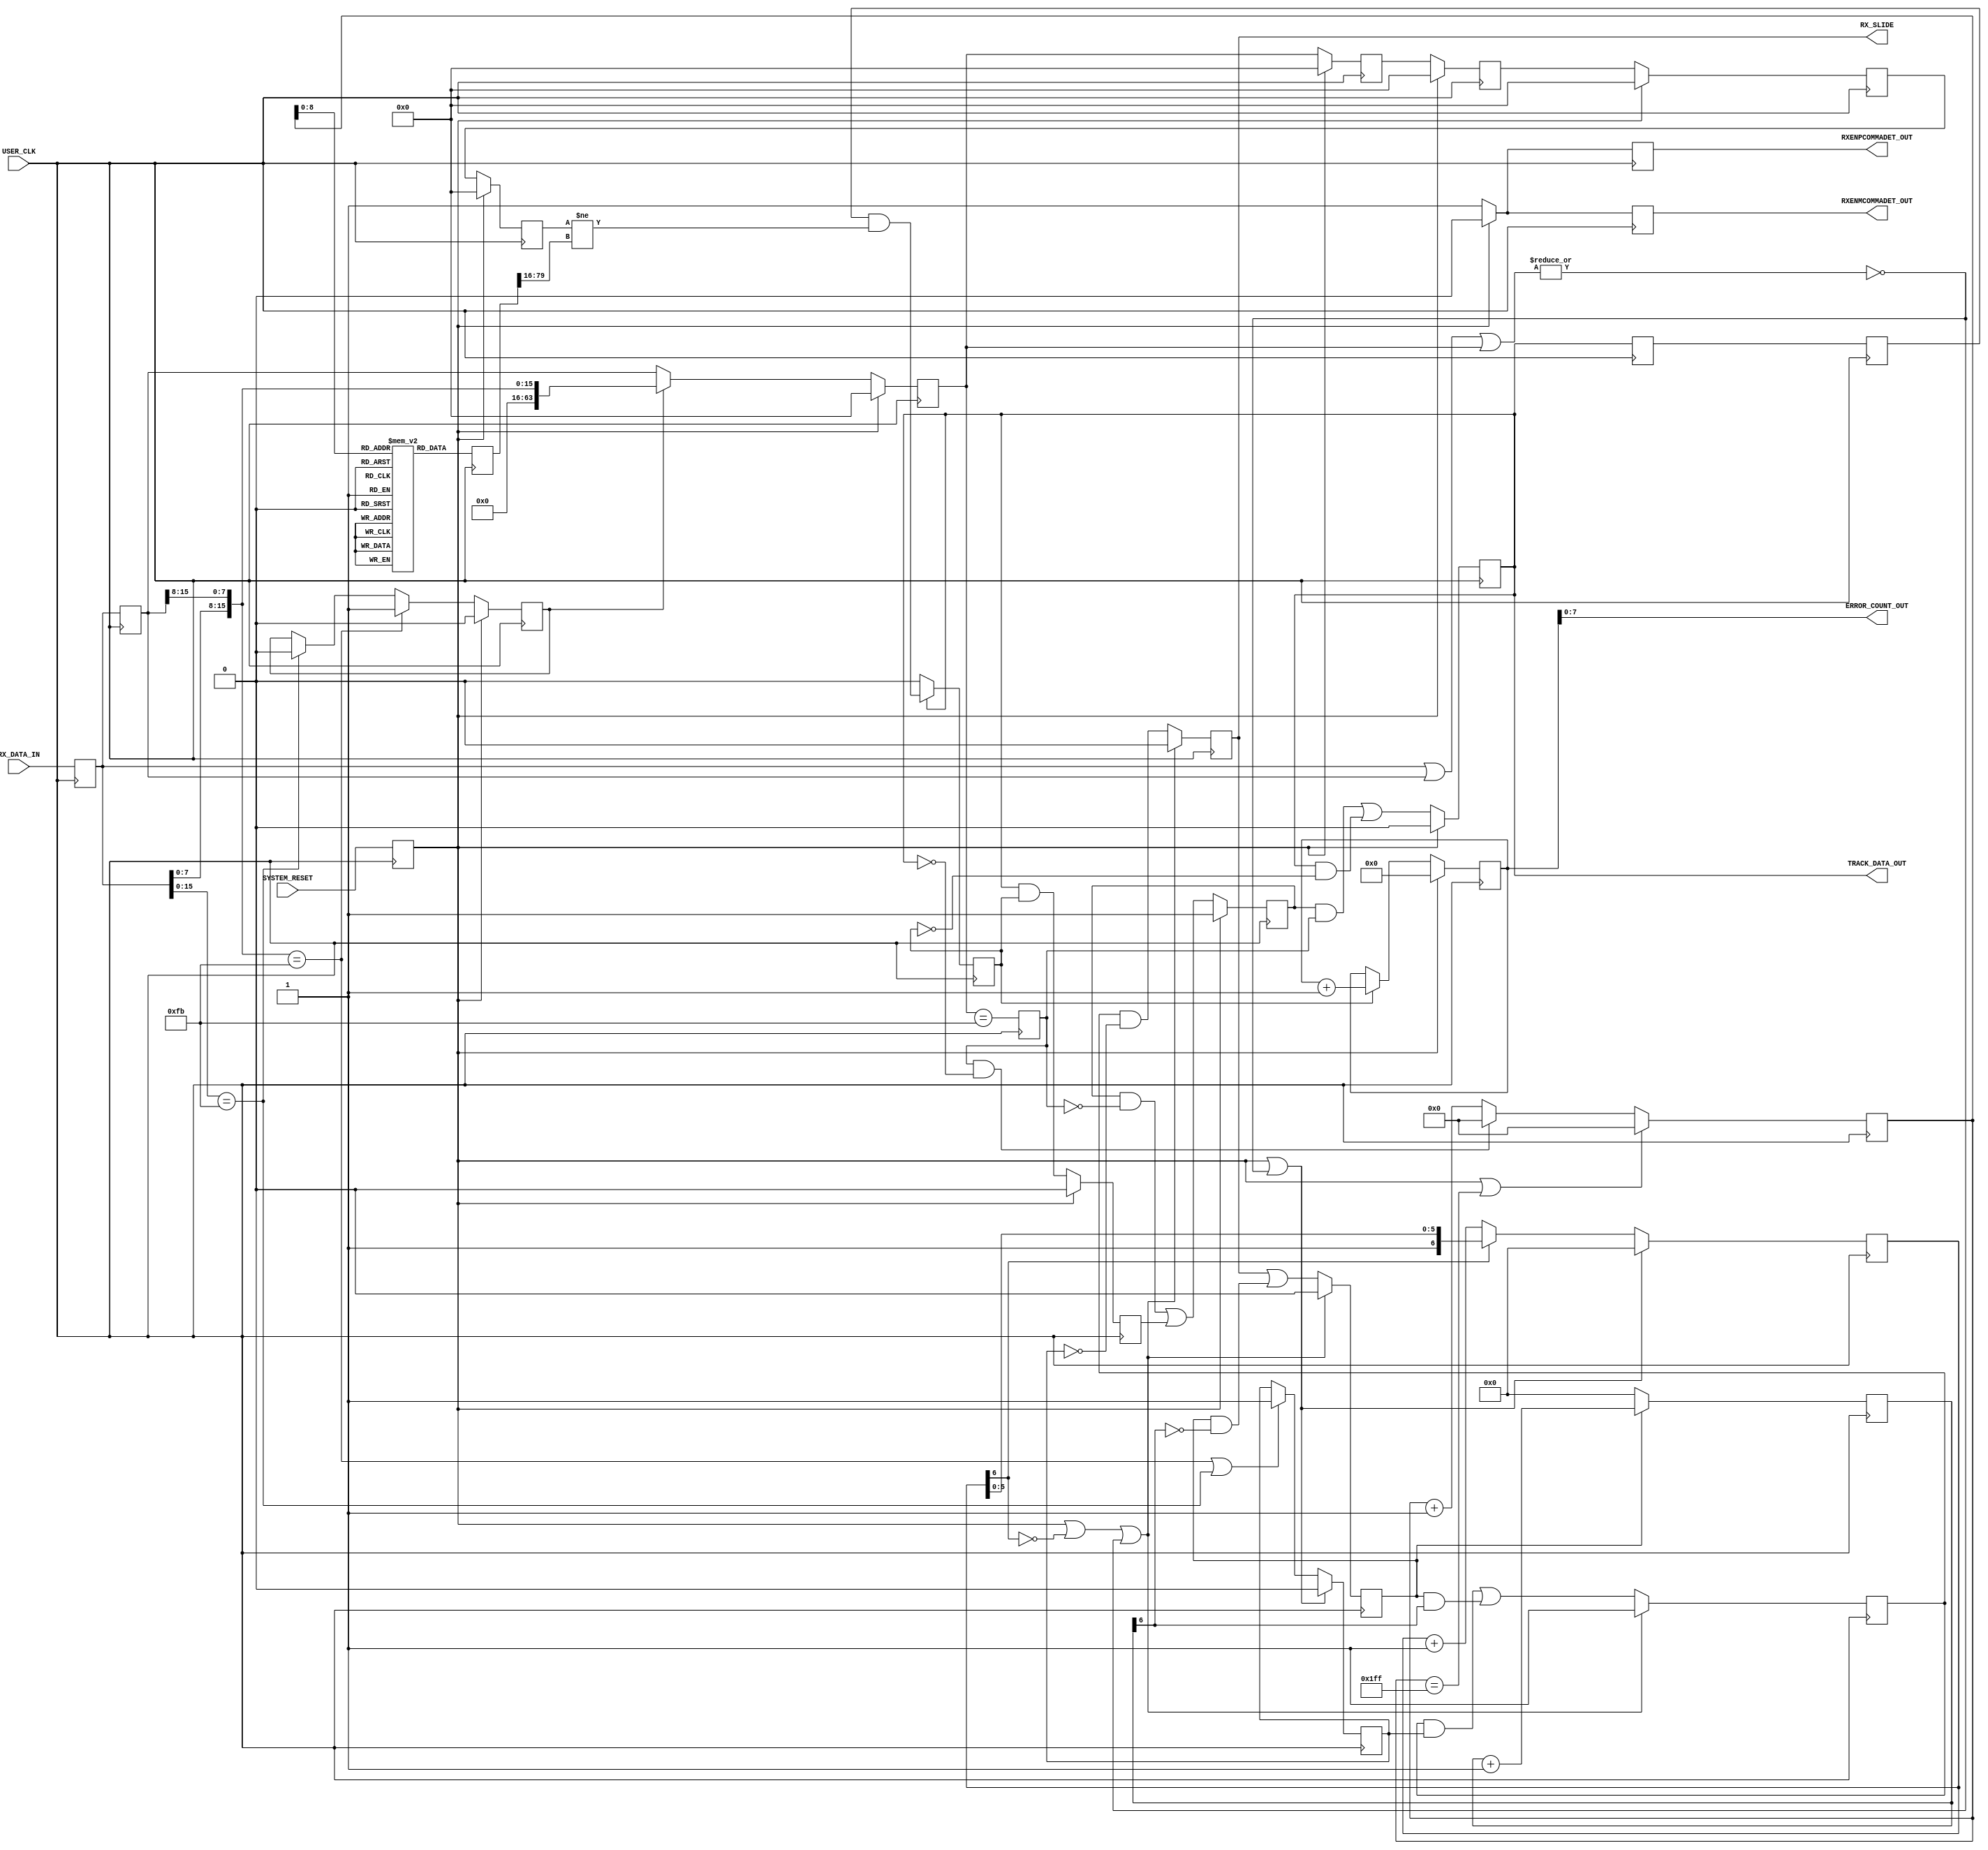
///////////////////////////////////////////////////////////////////////////////
//   ____  ____ 
//  /   /\/   / 
// /___/  \  /    Vendor: Xilinx 
// \   \   \/     Version : 1.5
//  \   \         Application : 7 Series FPGAs Transceivers Wizard  
//  /   /         Filename : rocketio_wrapper_tile_gt_frame_check.v
// /___/   /\      
// \   \  /  \ 
//  \___\/\___\ 
//
//
// Module ROCKETIO_WRAPPER_TILE_GT_FRAME_CHECK
// Generated by Xilinx 7 Series FPGAs Transceivers Wizard
// 
// 
// (c) Copyright 2010-2011 Xilinx, Inc. All rights reserved.
// 
// This file contains confidential and proprietary information
// of Xilinx, Inc. and is protected under U.S. and
// international copyright and other intellectual property
// laws.
// 
// DISCLAIMER
// This disclaimer is not a license and does not grant any
// rights to the materials distributed herewith. Except as
// otherwise provided in a valid license issued to you by
// Xilinx, and to the maximum extent permitted by applicable
// law: (1) THESE MATERIALS ARE MADE AVAILABLE "AS IS" AND
// WITH ALL FAULTS, AND XILINX HEREBY DISCLAIMS ALL WARRANTIES
// AND CONDITIONS, EXPRESS, IMPLIED, OR STATUTORY, INCLUDING
// BUT NOT LIMITED TO WARRANTIES OF MERCHANTABILITY, NON-
// INFRINGEMENT, OR FITNESS FOR ANY PARTICULAR PURPOSE; and
// (2) Xilinx shall not be liable (whether in contract or tort,
// including negligence, or under any other theory of
// liability) for any loss or damage of any kind or nature
// related to, arising under or in connection with these
// materials, including for any direct, or any indirect,
// special, incidental, or consequential loss or damage
// (including loss of data, profits, goodwill, or any type of
// loss or damage suffered as a result of any action brought
// by a third party) even if such damage or loss was
// reasonably foreseeable or Xilinx had been advised of the
// possibility of the same.
// 
// CRITICAL APPLICATIONS
// Xilinx products are not designed or intended to be fail-
// safe, or for use in any application requiring fail-safe
// performance, such as life-support or safety devices or
// systems, Class III medical devices, nuclear facilities,
// applications related to the deployment of airbags, or any
// other applications that could lead to death, personal
// injury, or severe property or environmental damage
// (individually and collectively, "Critical
// Applications"). Customer assumes the sole risk and
// liability of any use of Xilinx products in Critical
// Applications, subject only to applicable laws and
// regulations governing limitations on product liability.
// 
// THIS COPYRIGHT NOTICE AND DISCLAIMER MUST BE RETAINED AS
// PART OF THIS FILE AT ALL TIMES. 


`timescale 1ns / 1ps
`define DLY #1

//***********************************Entity Declaration************************

module ROCKETIO_WRAPPER_TILE_GT_FRAME_CHECK #
(
    // parameter to set the number of words in the BRAM
    parameter   RX_DATA_WIDTH            =  64,
    parameter   RXCTRL_WIDTH             =  2,
    parameter   WORDS_IN_BRAM            =  512,
    parameter   CHANBOND_SEQ_LEN         =  1,
    parameter   COMMA_DOUBLE             =  16'hf628,
    parameter   START_OF_PACKET_CHAR     =  64'h00000000000000fb
)                            
(
    // User Interface
    input  wire [(RX_DATA_WIDTH-1):0] RX_DATA_IN,

    output reg          RXENPCOMMADET_OUT,
    output reg          RXENMCOMMADET_OUT,

    // Error Monitoring
    output wire [7:0]   ERROR_COUNT_OUT,
    
    // Track Data
    output wire         TRACK_DATA_OUT,

    output wire RX_SLIDE,
   
    // System Interface
    input  wire         USER_CLK,
    input  wire         SYSTEM_RESET 
);


//***************************Internal Register Declarations******************** 

    reg             system_reset_r;

    reg             begin_r;
    reg             data_error_detected_r;
    reg     [8:0]   error_count_r;
    reg             error_detected_r;
    reg     [9:0]   read_counter_i;    

    reg     [79:0] rom [0:511];    

    reg     [(RX_DATA_WIDTH-1):0] rx_data_r;
    reg     [(RX_DATA_WIDTH-1):0] rx_data_r_track;

    reg             start_of_packet_detected_r;    
    reg             track_data_r;
    reg             track_data_r2;
    reg             track_data_r3;
    reg     [79:0]  rx_data_ram_r;
    reg     [(RX_DATA_WIDTH-1):0] rx_data_r2;
    reg     [(RX_DATA_WIDTH-1):0] rx_data_r3;
    reg     [(RX_DATA_WIDTH-1):0] rx_data_r4;
    reg     [(RX_DATA_WIDTH-1):0] rx_data_r5;
    reg     [(RX_DATA_WIDTH-1):0] rx_data_r6;
    reg             sel;
    reg             idle_slip_r;
    reg             slip_assert_r;
    reg             wait_state_r;
    reg             bit_align_r;
    reg     [6:0]   wait_before_slip_r;
    reg     [6:0]   wait_before_init_r;    
 

//*********************************Wire Declarations***************************

    wire    [(RX_DATA_WIDTH-1):0] bram_data_r;
    wire            error_detected_c;
    wire            next_begin_c;
    wire            next_data_error_detected_c;
    wire            next_track_data_c;
    wire            start_of_packet_detected_c;
    wire    [(RX_DATA_WIDTH-1):0]  rx_data_aligned;
    wire            rxdata_or;
    wire            count_slip_complete_c;
    wire            next_idle_slip_c;
    wire            next_slip_assert_c;
    wire            wait_state_c;
    wire            rx_data_has_start_char_c;
    wire            tied_to_ground_i;
    wire    [31:0]  tied_to_ground_vec_i;
    wire            tied_to_vcc_i;

//*********************************Main Body of Code***************************

    //_______________________  Static signal Assigments _______________________   

    assign tied_to_ground_i             = 1'b0;
    assign tied_to_ground_vec_i         = 32'h0000;
    assign tied_to_vcc_i                = 1'b1;

    //___________ synchronizing the async reset for ease of timing simulation ________
    always@(posedge USER_CLK)
       system_reset_r <= `DLY SYSTEM_RESET;    

    //______________________ Register RXDATA once to ease timing ______________   

    always @(posedge USER_CLK)
    begin
        rx_data_r  <= `DLY    RX_DATA_IN;
        rx_data_r2 <= `DLY    rx_data_r;
    end 
    //________________________________ State machine __________________________    
    
    // State registers
    always @(posedge USER_CLK)
        if(system_reset_r)
            {begin_r,track_data_r,data_error_detected_r}  <=  `DLY    3'b100;
        else
        begin
            begin_r                <=  `DLY    next_begin_c;
            track_data_r           <=  `DLY    next_track_data_c;
            data_error_detected_r  <=  `DLY    next_data_error_detected_c;
        end

    // Next state logic
    assign  next_begin_c                =   (begin_r && !start_of_packet_detected_r)
                                            || data_error_detected_r ;

    assign  next_track_data_c           =   (begin_r && start_of_packet_detected_r)
                                            || (track_data_r && !error_detected_r);
                                      
    assign  next_data_error_detected_c  =   (track_data_r && error_detected_r);                               
        
    assign  start_of_packet_detected_c  =   rx_data_has_start_char_c;

    always @(posedge USER_CLK) 
        start_of_packet_detected_r    <=   `DLY  start_of_packet_detected_c;  

    // Registering for timing
    always @(posedge USER_CLK) 
        track_data_r2    <=   `DLY  track_data_r;  

    always @(posedge USER_CLK) 
        track_data_r3    <=   `DLY  track_data_r2; 

    //______________________________ Capture incoming data ____________________    


    always @(posedge USER_CLK)
    begin
        if(system_reset_r)  
        begin
            rx_data_r4      <=  `DLY   'h0;
            rx_data_r5      <=  `DLY   'h0;
            rx_data_r6      <=  `DLY   'h0;
            rx_data_r_track <=  `DLY   'h0;
        end
        else
        begin
            rx_data_r4      <=  `DLY    rx_data_r3;
            rx_data_r5      <=  `DLY    rx_data_r4;
            rx_data_r6      <=  `DLY    rx_data_r5;
            rx_data_r_track <=  `DLY    rx_data_r6;
        end
    end

    assign rx_data_aligned = rx_data_r3;



   //______________ Code for Bit Slipping Logic for None encoding______________

    assign rxdata_or = |(rx_data_r|rx_data_r2|rx_data_r3);

    // State registers
    always @(posedge USER_CLK)
        if( (system_reset_r == 1'b1) | (wait_before_init_r[6] == 1'b0) | (rxdata_or == 1'b0) )
            {idle_slip_r,slip_assert_r,wait_state_r}  <=  `DLY    3'b100;
        else
        begin
            idle_slip_r            <=  `DLY    next_idle_slip_c;
            slip_assert_r          <=  `DLY    next_slip_assert_c;
            wait_state_r           <=  `DLY    wait_state_c;
        end

    // Next state logic
    assign  next_idle_slip_c            =   (idle_slip_r & bit_align_r) | (wait_state_r & count_slip_complete_c);

    assign  next_slip_assert_c          =   (idle_slip_r & !bit_align_r);

    assign  wait_state_c                =   (slip_assert_r) | (wait_state_r & !count_slip_complete_c);

    //_______ Counter for waiting clock cycles after RXSLIDE________
    always @(posedge USER_CLK)
    begin
        if (!wait_state_r)
           wait_before_slip_r  <= `DLY  7'b000000;
        else
           wait_before_slip_r  <= `DLY  wait_before_slip_r + 1'b1;
    end

    //_______ Counter for waiting clock cycles before starting RXSLIDE operation________
    //_______ Wait for 64 clock cycles to see if the RXDATA is already byte aligned. If not, start RXSLIDE operation
    always @(posedge USER_CLK)
    begin	    
        if( (system_reset_r == 1'b1) | (rxdata_or == 1'b0) )
	     wait_before_init_r <= `DLY    7'b0000000;
        else if (wait_before_init_r[6] == 1'b0)
             wait_before_init_r <= `DLY    wait_before_init_r + 1'b1;
    end

    assign count_slip_complete_c = wait_before_slip_r[6];

    always @(posedge USER_CLK)
    begin
        if( (system_reset_r == 1'b1) | (rxdata_or == 1'b0) )   begin
          bit_align_r <= 1'b0;
        end else begin
            if( ({rx_data_r[7:0],rx_data_r2[15:8]} == START_OF_PACKET_CHAR) || (rx_data_r[15:0]== START_OF_PACKET_CHAR) )
            begin
                bit_align_r <= 1'b1;
            end
        end
    end

    always @(posedge USER_CLK)
    begin
        if(system_reset_r)   begin
          sel <= 1'b0;
        end else begin
            if({rx_data_r[7:0],rx_data_r2[15:8]} == START_OF_PACKET_CHAR)
            begin
                sel <= 1'b1;
            end
            else if(rx_data_r[15:0]== START_OF_PACKET_CHAR)
            begin
                sel <= 1'b0;
            end
        end
    end

    always @(posedge USER_CLK)
        begin
            if(system_reset_r)    rx_data_r3 <= 'h0;
            else
            begin
                if(sel == 1'b1)
                begin
                    rx_data_r3   <=  `DLY    {rx_data_r[7:0],rx_data_r2[15:8]}; 
                end
                else 
                begin
                    rx_data_r3   <=  `DLY    rx_data_r2; 
                end
            end
        end

    assign rx_data_has_start_char_c = (rx_data_aligned == START_OF_PACKET_CHAR) ;




    //_____________________________ Assign output ports _______________________    
    assign TRACK_DATA_OUT = track_data_r;

    assign RX_SLIDE = slip_assert_r;

    // Drive the enpcommaalign port of the gt for alignment
    always @(posedge USER_CLK)
        if(system_reset_r)  RXENPCOMMADET_OUT   <=  `DLY    1'b0;
        else              RXENPCOMMADET_OUT   <=  `DLY    1'b1;

    // Drive the enmcommaalign port of the gt for alignment
    always @(posedge USER_CLK)
        if(system_reset_r)  RXENMCOMMADET_OUT   <=  `DLY    1'b0;
        else              RXENMCOMMADET_OUT   <=  `DLY    1'b1;


    //___________________________ Check incoming data for errors ______________
         
    //An error is detected when data read for the BRAM does not match the incoming data
    assign  error_detected_c    =  track_data_r3 && (rx_data_r_track != bram_data_r); 

    
    //We register the error_detected signal for use with the error counter logic
    always @(posedge USER_CLK)
        if(!track_data_r)  
            error_detected_r    <=  `DLY    1'b0;
        else
            error_detected_r    <=  `DLY    error_detected_c;  

    //We count the total number of errors we detect. By keeping a count we make it less likely that we will miss
    //errors we did not directly observe. 
    always @(posedge USER_CLK)
        if(system_reset_r)
            error_count_r       <=  `DLY    9'd0;
        else if(error_detected_r)
            error_count_r       <=  `DLY    error_count_r + 1;    
    
    //Here we connect the lower 8 bits of the count (the MSbit is used only to check when the counter reaches
    //max value) to the module output
    assign  ERROR_COUNT_OUT =   error_count_r[7:0];

    //____________________________ Counter to read from BRAM __________________________    
    always @(posedge USER_CLK)
        if(system_reset_r ||  (read_counter_i == (WORDS_IN_BRAM-1)))
        begin
            read_counter_i   <=  `DLY    10'd0;
        end
        else if (start_of_packet_detected_r && !track_data_r)
        begin
            read_counter_i   <=  `DLY    10'd0;
        end
        else
        begin
            read_counter_i  <=  `DLY    read_counter_i + 10'd1;
        end

    //________________________________ BRAM Inference Logic _____________________________    

//Array slice from dat file to compare against receive data  
generate
if(RX_DATA_WIDTH==80)
begin : datapath_80
    assign bram_data_r      = rx_data_ram_r[(RX_DATA_WIDTH-1):0];
end
else
begin : datapath_16_20_32_40_64
    assign bram_data_r      = rx_data_ram_r[(16+RX_DATA_WIDTH-1):16];
end 
endgenerate

//    initial
//    begin
//           $readmemh("../../mgt/gt_rom_init_rx.dat",rom,0,511);
//    end

    always @(posedge USER_CLK)
           rx_data_ram_r <= `DLY  rom[read_counter_i];
    
    
endmodule